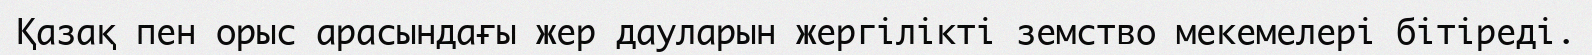
Қазақ пен орыс арасындағы жер дауларын жергілікті земство мекемелері бітіреді.